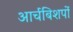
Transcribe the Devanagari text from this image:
आर्चबिशपों